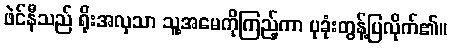
ဖဲင်နီသည် ရိုးအလှသာ သူ့အမေကိုကြည့်ကာ ပုခုံးတွန့်ပြလိုက်၏။